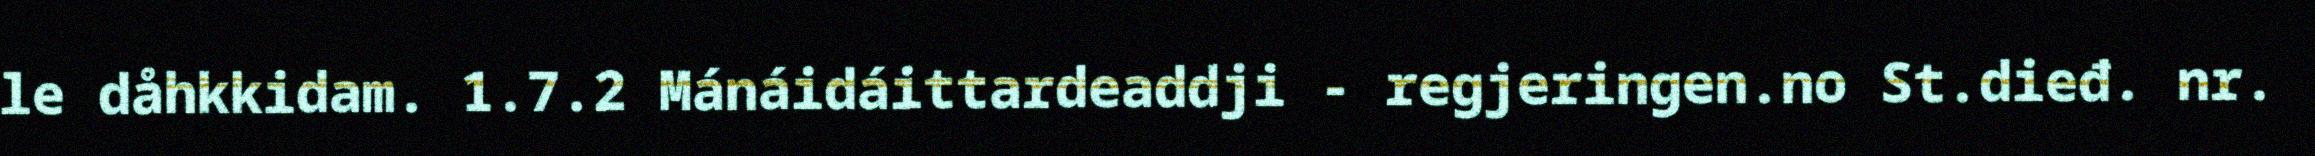
le dåhkkidam. 1.7.2 Mánáidáittardeaddji - regjeringen.no St.dieđ. nr.